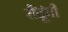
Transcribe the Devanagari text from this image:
रौंदूंगी